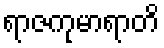
ရာဇကုမာရာတိ